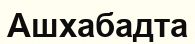
Ашхабадта